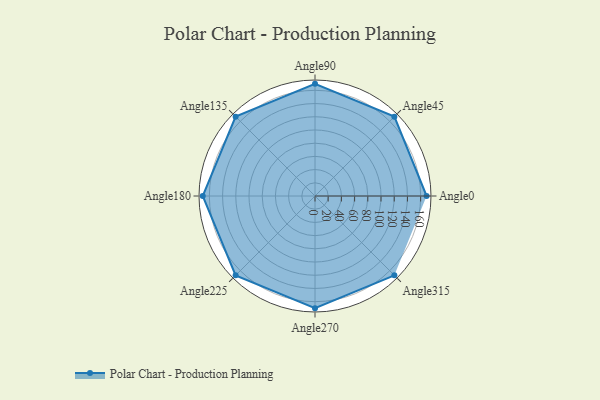
{"axis": {"x": "Angle", "y": "Radius"}, "legend": [""], "data": [{"x": "Angle0", "y": 169.0, "type": ""}, {"x": "Angle45", "y": 170, "type": ""}, {"x": "Angle90", "y": 170, "type": ""}, {"x": "Angle135", "y": 170, "type": ""}, {"x": "Angle180", "y": 170, "type": ""}, {"x": "Angle225", "y": 170, "type": ""}, {"x": "Angle270", "y": 170, "type": ""}, {"x": "Angle315", "y": 170, "type": ""}]}